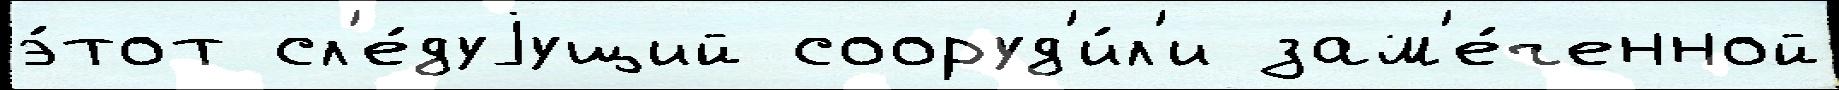
э́тот сл'е́дуjущий сооруд'и́л'и зам'е́ченной